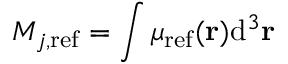
M _ { j , \mathrm { r e f } } = \int { \mu _ { \mathrm { r e f } } ( \mathbf { r } ) } \mathrm { d } ^ { 3 } \mathbf { r }